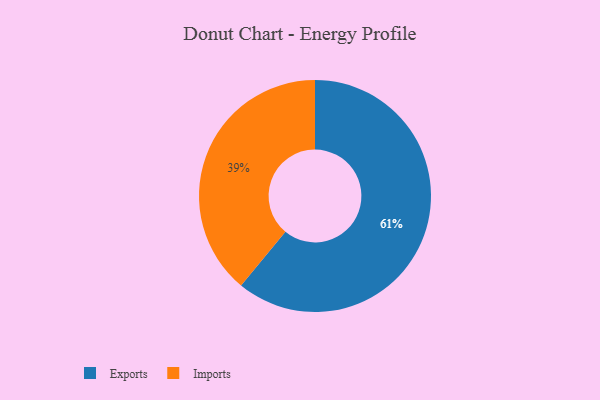
{"axis": {"x": "Category", "y": "Percentage"}, "legend": ["Exports", "Imports"], "data": [{"x": "Imports", "y": 39, "type": "Imports"}, {"x": "Exports", "y": 61, "type": "Exports"}]}